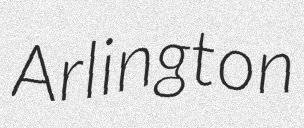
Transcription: Arlington